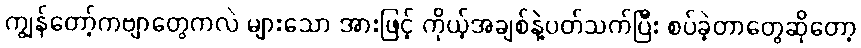
ကျွန်တော့်ကဗျာတွေကလဲ များသော အားဖြင့် ကိုယ့်အချစ်နဲ့ပတ်သက်ပြီး စပ်ခဲ့တာတွေဆိုတော့